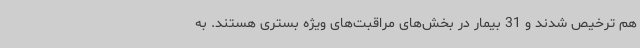
هم ترخیص شدند و 31 بیمار در بخش‌های مراقبت‌های ویژه بستری هستند. به